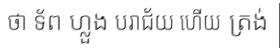
ថា ទ័ព ហ្លួង បរាជ័យ ហើយ ត្រង់